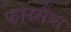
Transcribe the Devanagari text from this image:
फोरसैप्स